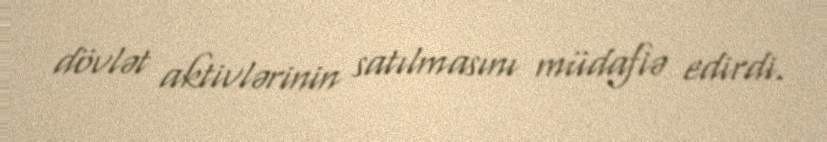
dövlət aktivlərinin satılmasını müdafiə edirdi.